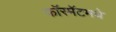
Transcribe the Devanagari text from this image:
फॉरमॅटमधे